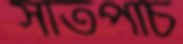
সাতপাঁচ